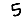
Digit: 5